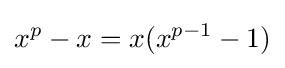
x^{p}-x=x(x^{p-1}-1)